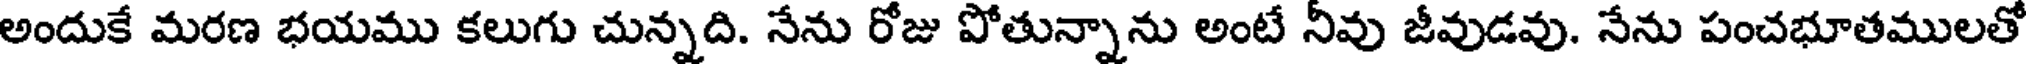
అందుకే మరణ భయము కలుగు చున్నది. నేను రోజు పోతున్నాను అంటే నీవు జీవుడవు. నేను పంచభూతములతో